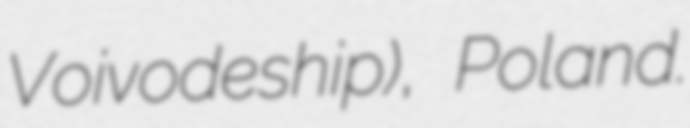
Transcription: Voivodeship), Poland.